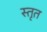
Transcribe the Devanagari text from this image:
स्तृत